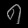
Digit: ၅